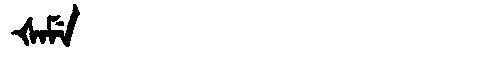
Manchu: ᡧᠠᠮᡝ
Romanization: ŠAME